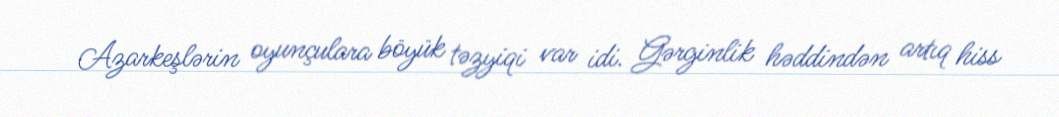
Azarkeşlərin oyunçulara böyük təzyiqi var idi. Gərginlik həddindən artıq hiss